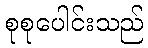
စုစုပေါင်းသည်